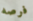
فرصه